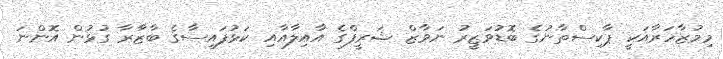
މިމުޒާހަރާއަކީ ޕާކިސްތާނުގެ ބޮޑުވަޒީރު ނަވާޒް ޝަރީފްގެ އާއިލާއާއި ކަޅުފައިސާގެ ބާޒާރާ ގުޅުން އޮންނަ